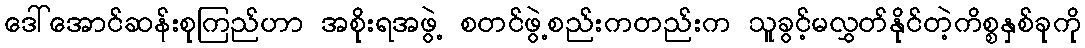
ဒေါ်အောင်ဆန်းစုကြည်ဟာ အစိုးရအဖွဲ့ စတင်ဖွဲ့စည်းကတည်းက သူခွင့်မလွှတ်နိုင်တဲ့ကိစ္စနှစ်ခုကို